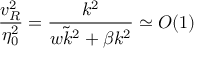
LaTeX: { \frac { v _ { R } ^ { 2 } } { \eta _ { 0 } ^ { 2 } } } = { \frac { k ^ { 2 } } { w \tilde { k } ^ { 2 } + \beta k ^ { 2 } } } \simeq O ( 1 )